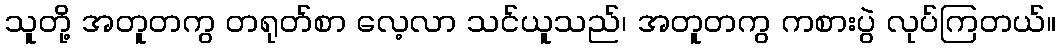
သူတို့ အတူတကွ တရုတ်စာ လေ့လာ သင်ယူသည်၊ အတူတကွ ကစားပွဲ လုပ်ကြတယ်။